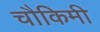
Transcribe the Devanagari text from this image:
चौकिमी